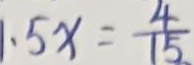
1 . 5 x = \frac { 4 } { 1 5 }